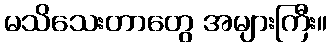
မသိသေးတာတွေ အများကြီး။